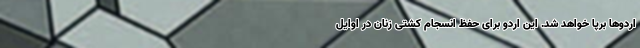
اردوها برپا خواهد شد. این اردو برای حفظ انسجام کشتی زنان در اوایل